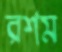
রশম